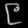
Digit: ၉